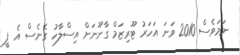
ނަމަވެސް 2010 ވަނަ އަހަރު ޓޫރިޒަމް ގާނޫނަށް އިސްލާހު ގެނެސް އެ ފީ